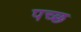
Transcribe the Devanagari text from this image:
पच्‍छ